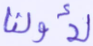
لأولنا